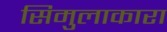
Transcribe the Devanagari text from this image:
सिमुलाकारा